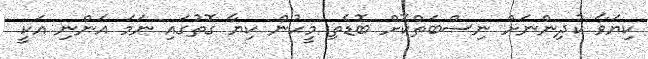
ކިޔަވާ ކުދިންނަށް ނިސްބަތްކޮށް ބޮޑެތި މީހުން ކިޔާ ގޮތުގައި ނަމަ އަންނި އަކީ